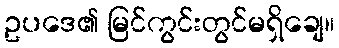
ဥပဒေ၏ မြင်ကွင်းတွင်မရှိချေ။